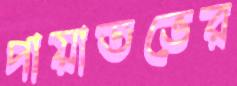
পায়াতভের